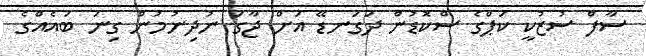
ސާފް ސުޒުކީ ކަޕްގެ ސްކޮޑުން ދަގަނޑޭ އަށް ޖާގަ ނުދިނުމުން ގިނަ ބައެއްގެ